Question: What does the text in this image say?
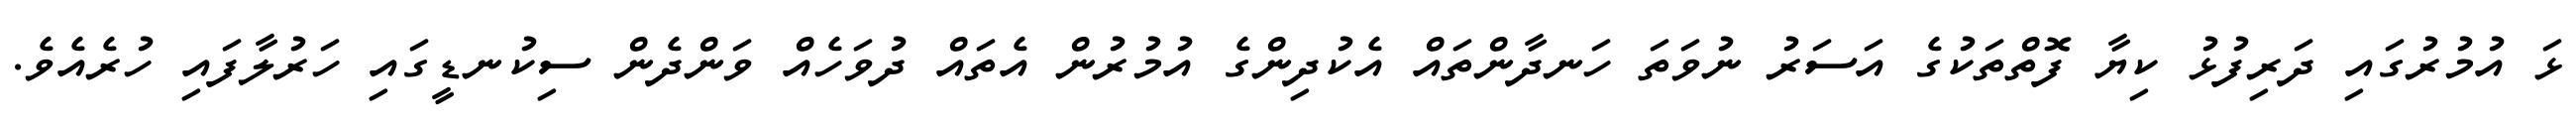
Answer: ޅަ އުމުރުގައި ދަރިފުޅު ކިޔާ ފޮތްތަކުގެ އަސަރު ނުވަތަ ހަނދާންތައް އެކުދިންގެ އުމުރުން އެތައް ދުވަހެއް ވަންދެން ސިކުނޑީގައި ހަރުލާފައި ހުރެއެވެ.